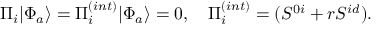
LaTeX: \Pi _ { i } | \Phi _ { a } \rangle = \Pi _ { i } ^ { ( i n t ) } | \Phi _ { a } \rangle = 0 , \quad \Pi _ { i } ^ { ( i n t ) } = ( S ^ { 0 i } + r S ^ { i d } ) .